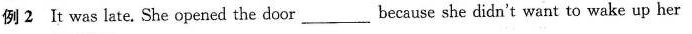
例2 It was late. She opened the door ___because she didn't want to wake up her